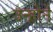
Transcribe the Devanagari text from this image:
उन्ह़ोने